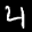
Label: 4